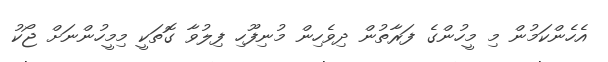
އެހެންކަމުން މި މީހުންގެ ފަރާތުން ދިވެހިން މުނިފޫހި ފިލުވާ ގޮތަކީ މިމީހުންނަށް ޖޯކު